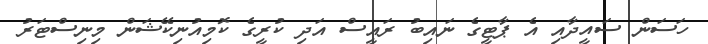
ހަސަން ސައީދާއި އެ ޕާޓީގެ ނައިބު ރައީސް އަދި ކުރީގެ ކޮމިއުނިކޭޝަން މިނިސްޓަރު